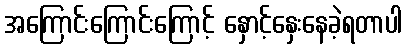
အကြောင်းကြောင်းကြောင့် နှောင့်နှေးနေခဲ့ရတာပါ